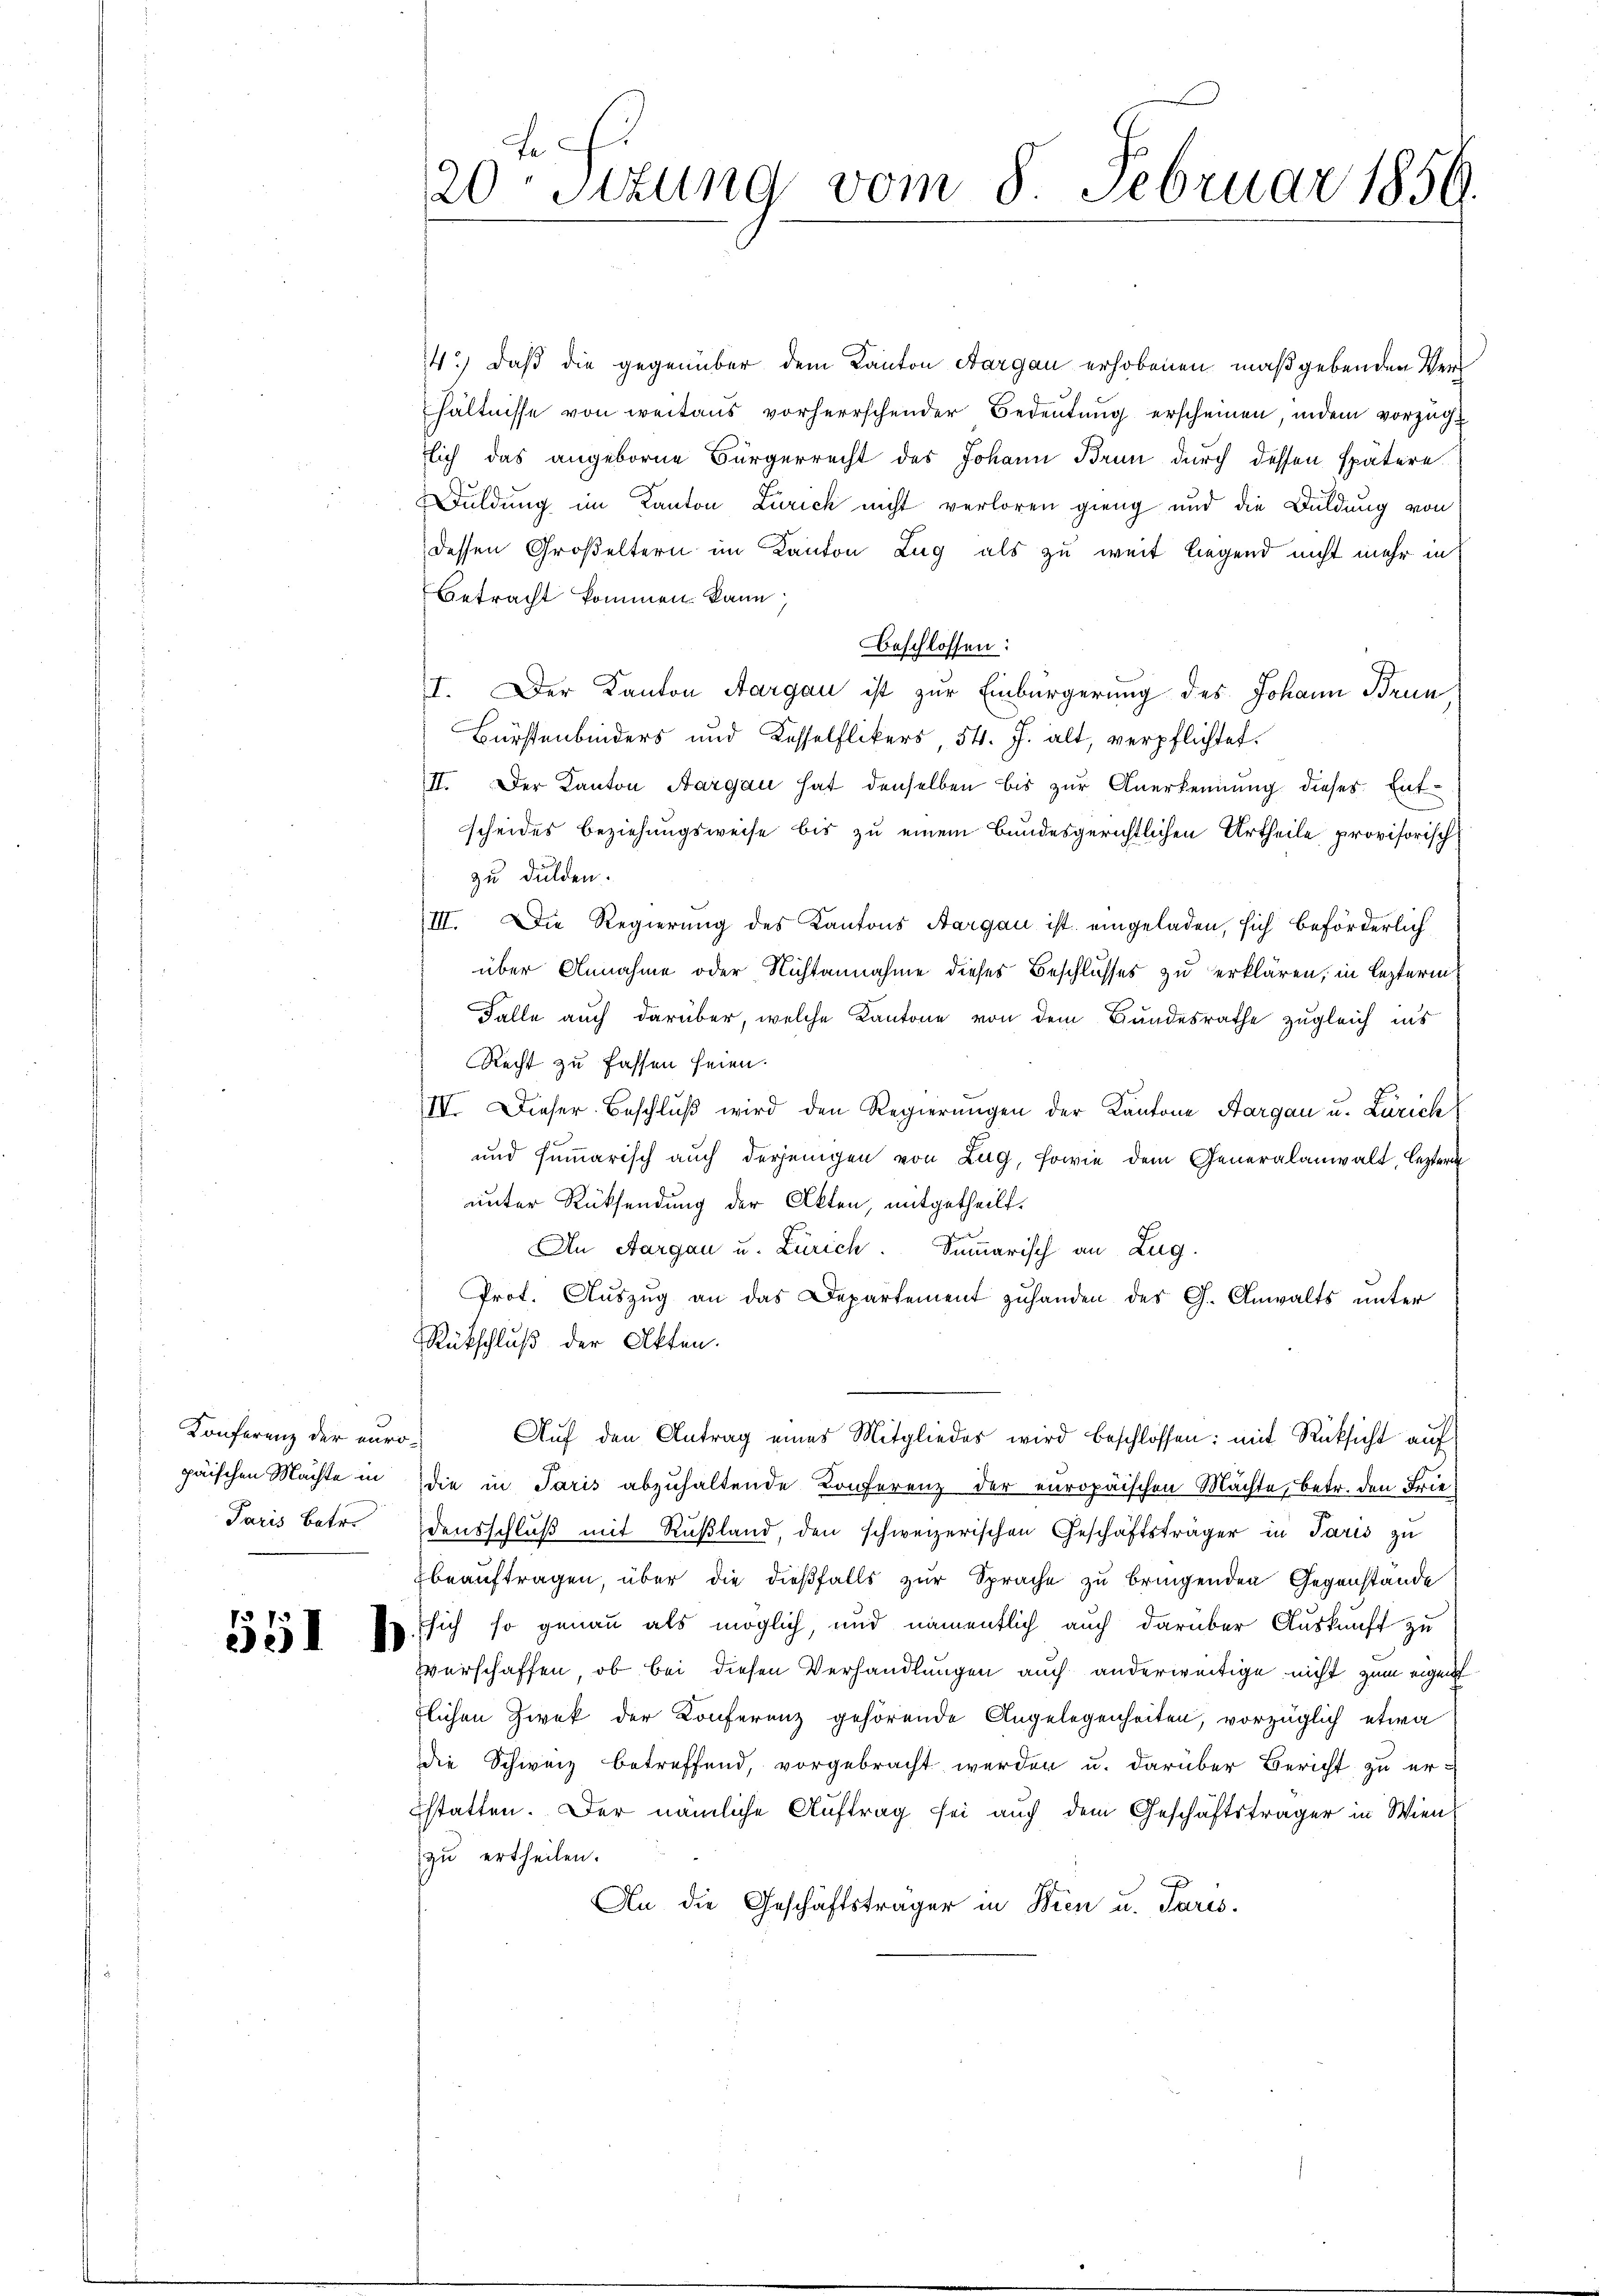
Konferenz der varo-
Paris Batr.

14.) daß die gegenüber dem Kanton Aargau erhobenen maßgebenden Verhältnisse von weitens vorherrschender Bedeutung erscheinen, indem vorzügich das angeborne Bürgerrecht des Johann Brun durch dessen spätere
Duldung im Kanton Zürich nicht verloren gieng und die Duldung von
dessen Großeltern im Kanton Zug als zu weit liegend nicht mehr in
Betracht kommen kann,
Beschlossen:
I. Der Kanton Aargau ist zur Einbürgerung des Johann Brun
Bürstenbinders und Kasselflikers, 54. J. alt, verpflichtet.
II. Der Kanton Aargau hat denselben bis zur Anerkennung dieses Entscheides Beziehungsweise bis zu einem Bundesgerichtlichen Urtheile provisorisch
zu dulden.
III. Die Regierung des Kantons Aargau ist eingeladen, sich beförderlich
über Annahme oder Nichtannahme dieses Beschlusses zu erklären, in lezterm
Falle auch darüber, welche Kantone von dem Bundesrathe zugleich ins
Recht zu fassen seien.
IV. Dieser Beschlŭβ wird den Regierŭngen der Kantone Aargau u. Zürich
und summarisch auch derjenigen von Zug, sowie dem Generalanwalt, leztere
unter Rücksendung der Akten, mitgetheilt.
An Aargau u. Zürich. Summarisch an Zug.
Prot. Auszug an das Departement zuhanden des G. Anwalts unter
Rückschluß der Akten.
Aŭf den Antrag eines Mitgliedes wird beschlossen: mit Rücksicht auf
päischen Machte in die in Paris abzŭhaltende Conferenz der europäischen Machte, betr. den Friedensschluß mit Rußland, den schweizerischen Geschäftsträger in Paris zu
beauftragen, über die dießfalls zur Sprache zu bringenden Gegenstände
§ 55 x 10 sich so genau als möglich, und namentlich auch darüber Auskunft zu
Everschaffen, ob bei diesen Verhandlungen auch anderweitige nicht zum eigent
flichen Zwek der Konferenz gehörende Angelegenheiten, vorzüglich etwa
die Schweiz betreffend, vorgebracht werden u. darüber Bericht zu erstatten. Der nämliche Auftrag sei auch dem Geschäftsträger in Wien
zu ertheilen.
An die Geschäftsträger in Bien u. Paris.

J
20 Sttung vom 8. Februar 1856.